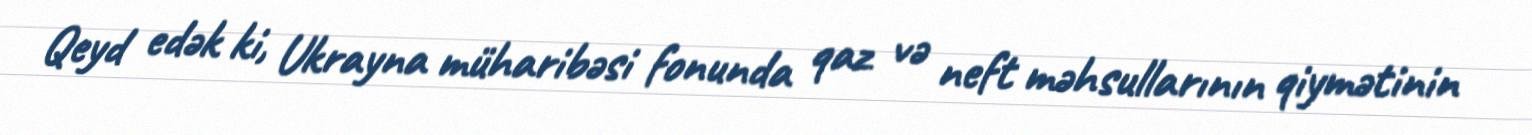
Qeyd edək ki, Ukrayna müharibəsi fonunda qaz və neft məhsullarının qiymətinin